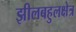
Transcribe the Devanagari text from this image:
झीलबहुलक्षेत्र